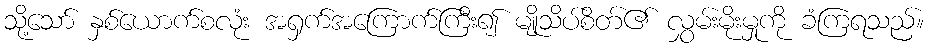
သို့သော် နှစ်ယောက်စလုံး အရှက်အကြောက်ကြီး၍ မျိုသိပ်စိတ်၏ လွှမ်းမိုးမှုကို ခံကြရသည်။